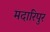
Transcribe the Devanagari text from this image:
मदारिपुर